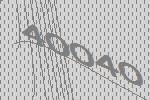
40040